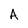
Character: A